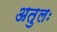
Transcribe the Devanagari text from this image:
अतुलः